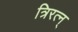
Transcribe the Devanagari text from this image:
त्रिरत्न्